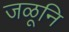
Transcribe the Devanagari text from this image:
जळूनि